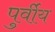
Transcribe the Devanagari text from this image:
पुर्वीय